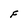
Character: F